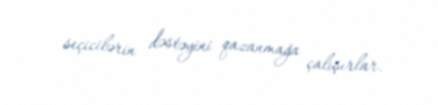
seçicilərin dəstəyini qazanmağa çalışırlar.